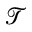
\mathcal { T }